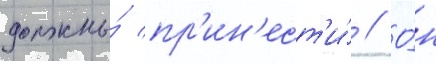
должны́ пр'ин'ест'и́ // О́н